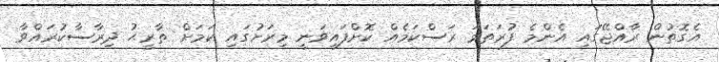
އެގޮތުން ރާއްޖޭގައި އެންމެ ފުރަތަމަ ރަސްކަމެއް ކޮށްފައިވަނީ މިރަށުގައި ކަމަށް ތާރީޙު ދިރާސާކުރައްވާ